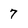
Character: 7